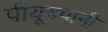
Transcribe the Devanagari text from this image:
पीयूषपानी